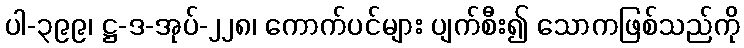
ပါ-၃၉၉၊ ဋ္ဌ-ဒ-အုပ်-၂၂၈၊ ကောက်ပင်များ ပျက်စီး၍ သောကဖြစ်သည်ကို